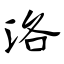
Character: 洛